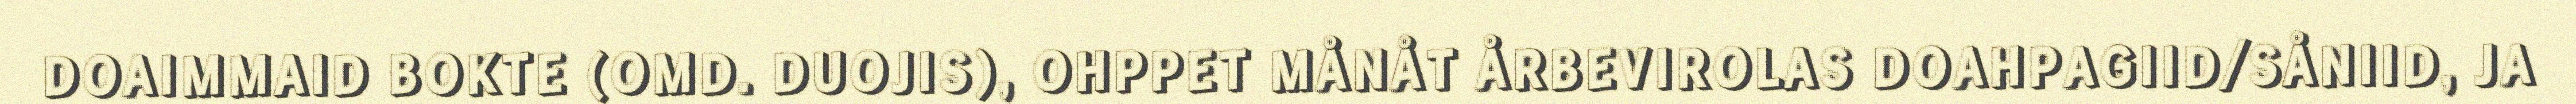
DOAIMMAID BOKTE (OMD. DUOJIS), OHPPET MÅNÅT ÅRBEVIROLAS DOAHPAGIID/SÅNIID, JA